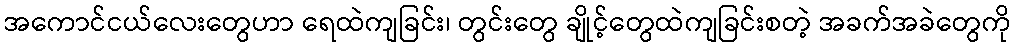
အကောင်ငယ်လေးတွေဟာ ရေထဲကျခြင်း၊ တွင်းတွေ ချိုင့်တွေထဲကျခြင်းစတဲ့ အခက်အခဲတွေကို